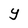
Character: Y